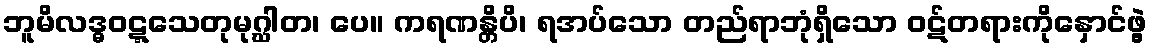
ဘူမိလဒ္ဓဝဋ္ဋသေတုမုဂ္ဃါတ၊ ပေ။ ကရဏန္တိပိ၊ ရအပ်သော တည်ရာဘုံရှိသော ဝဋ်တရားကိုနှောင်ဖွဲ့